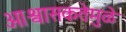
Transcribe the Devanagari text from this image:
आश्वासकतेमुळे